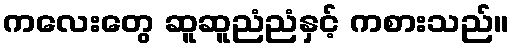
ကလေးတွေ ဆူဆူညံညံနှင့် ကစားသည်။